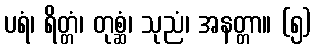
ပရံ၊ ရိတ္တံ၊ တုစ္ဆံ၊ သုညံ၊ အနတ္တာ။ (၅)